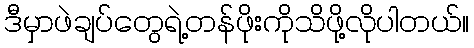
ဒီမှာဖဲချပ်တွေရဲ့တန်ဖိုးကိုသိဖို့လိုပါတယ်။